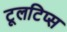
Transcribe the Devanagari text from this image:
टूलटिप्स